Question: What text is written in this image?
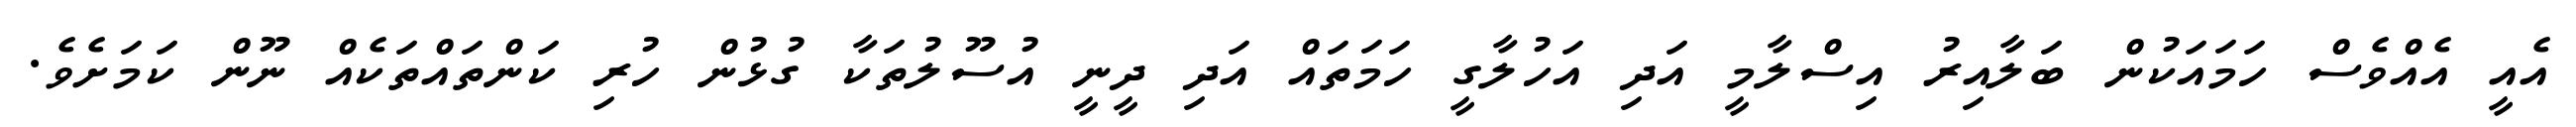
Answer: އެއީ އެއްވެސް ހަމައަކުން ބަލާއިރު އިސްލާމީ އަދި އަހުލާގީ ހަމަތައް އަދި ދީނީ އުސޫލުތަކާ ގުޅުން ހުރި ކަންތައްތަކެއް ނޫން ކަމަށެވެ.